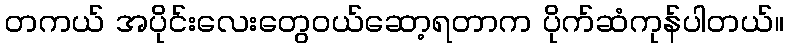
တကယ် အပိုင်းလေးတွေဝယ်ဆော့ရတာက ပိုက်ဆံကုန်ပါတယ်။